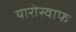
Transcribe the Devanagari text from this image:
यारोस्वाफ